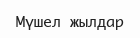
Мүшел жылдар